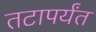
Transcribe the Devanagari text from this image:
तटापर्यंत